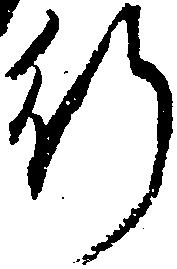
行